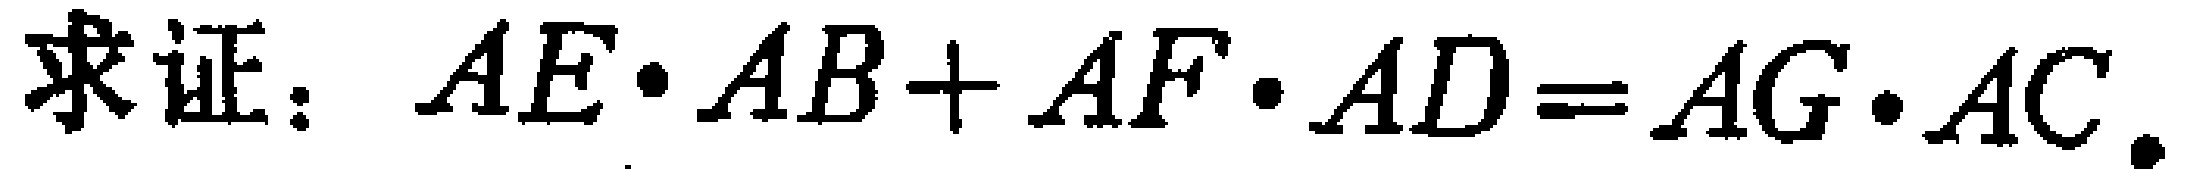
求证：\(AE\cdot AB + AF\cdot AD = AG\cdot AC\)。